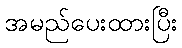
အမည်ပေးထားပြီး